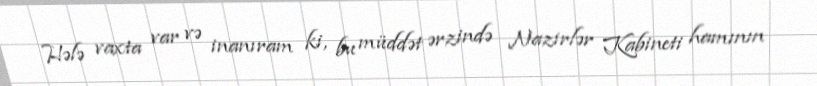
Hələ vaxta var və inanıram ki, bu müddət ərzində Nazirlər Kabineti hamının